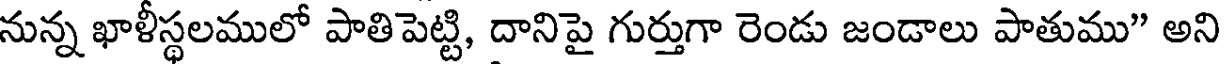
నున్న ఖాళీస్థలములో పాతిపెట్టి, దానిపై గుర్తుగా రెండు జండాలు పాతుము" అని